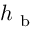
h _ { \mathrm { ~ b ~ } }